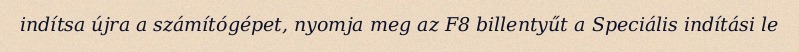
indítsa újra a számítógépet, nyomja meg az F8 billentyűt a Speciális indítási le